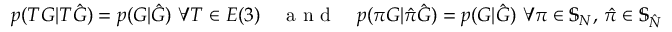
p ( T G | T \hat { G } ) = p ( G | \hat { G } ) \, \, \forall T \in E ( 3 ) \quad \mathrm { ~ a ~ n ~ d ~ } \quad p ( \pi G | \hat { \pi } \hat { G } ) = p ( G | \hat { G } ) \, \, \forall \pi \in \mathbb { S } _ { N } , \, \hat { \pi } \in \mathbb { S } _ { \hat { N } }